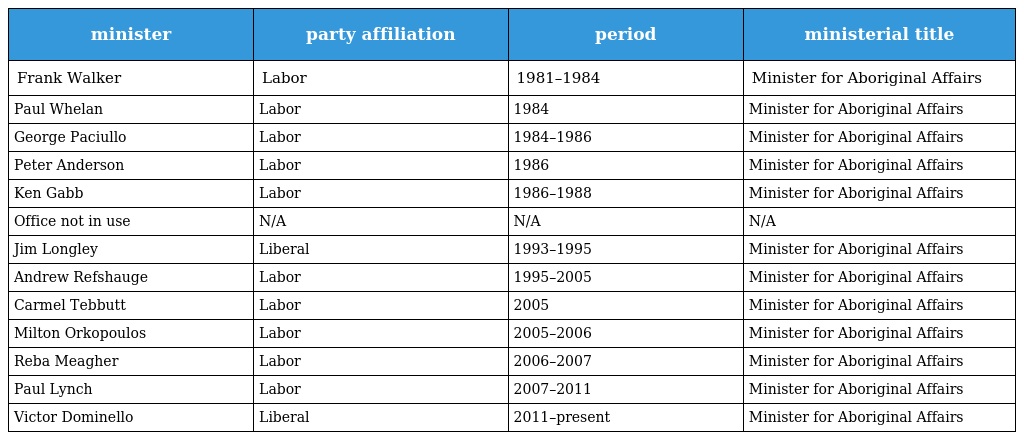
| minister | party affiliation | period | ministerial title |
 | --- | --- | --- | --- |
 | Frank Walker | Labor | 1981–1984 | Minister for Aboriginal Affairs |
 | Paul Whelan | Labor | 1984 | Minister for Aboriginal Affairs |
 | George Paciullo | Labor | 1984–1986 | Minister for Aboriginal Affairs |
 | Peter Anderson | Labor | 1986 | Minister for Aboriginal Affairs |
 | Ken Gabb | Labor | 1986–1988 | Minister for Aboriginal Affairs |
 | Office not in use | N/A | N/A | N/A |
 | Jim Longley | Liberal | 1993–1995 | Minister for Aboriginal Affairs |
 | Andrew Refshauge | Labor | 1995–2005 | Minister for Aboriginal Affairs |
 | Carmel Tebbutt | Labor | 2005 | Minister for Aboriginal Affairs |
 | Milton Orkopoulos | Labor | 2005–2006 | Minister for Aboriginal Affairs |
 | Reba Meagher | Labor | 2006–2007 | Minister for Aboriginal Affairs |
 | Paul Lynch | Labor | 2007–2011 | Minister for Aboriginal Affairs |
 | Victor Dominello | Liberal | 2011–present | Minister for Aboriginal Affairs |